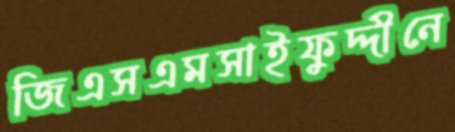
জিএসএমসাইফুদ্দীনে